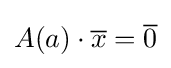
A(a)\cdot {\overline {x}}={\overline {0}}